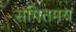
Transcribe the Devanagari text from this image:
संगितमय